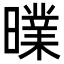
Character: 曗